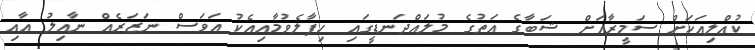
ކުއްލިއަކަށް ސަމީރާއަށް ޝަބާގެ އަތުގެ މުލައްދަނޑީގައި ހިފާލެވުމާއިއެކު އަވަސް ނަޒަރެއް ނާއިލު އާއި